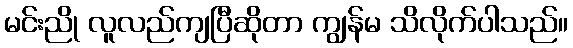
မင်းညို လူလည်ကျပြီဆိုတာ ကျွန်မ သိလိုက်ပါသည်။